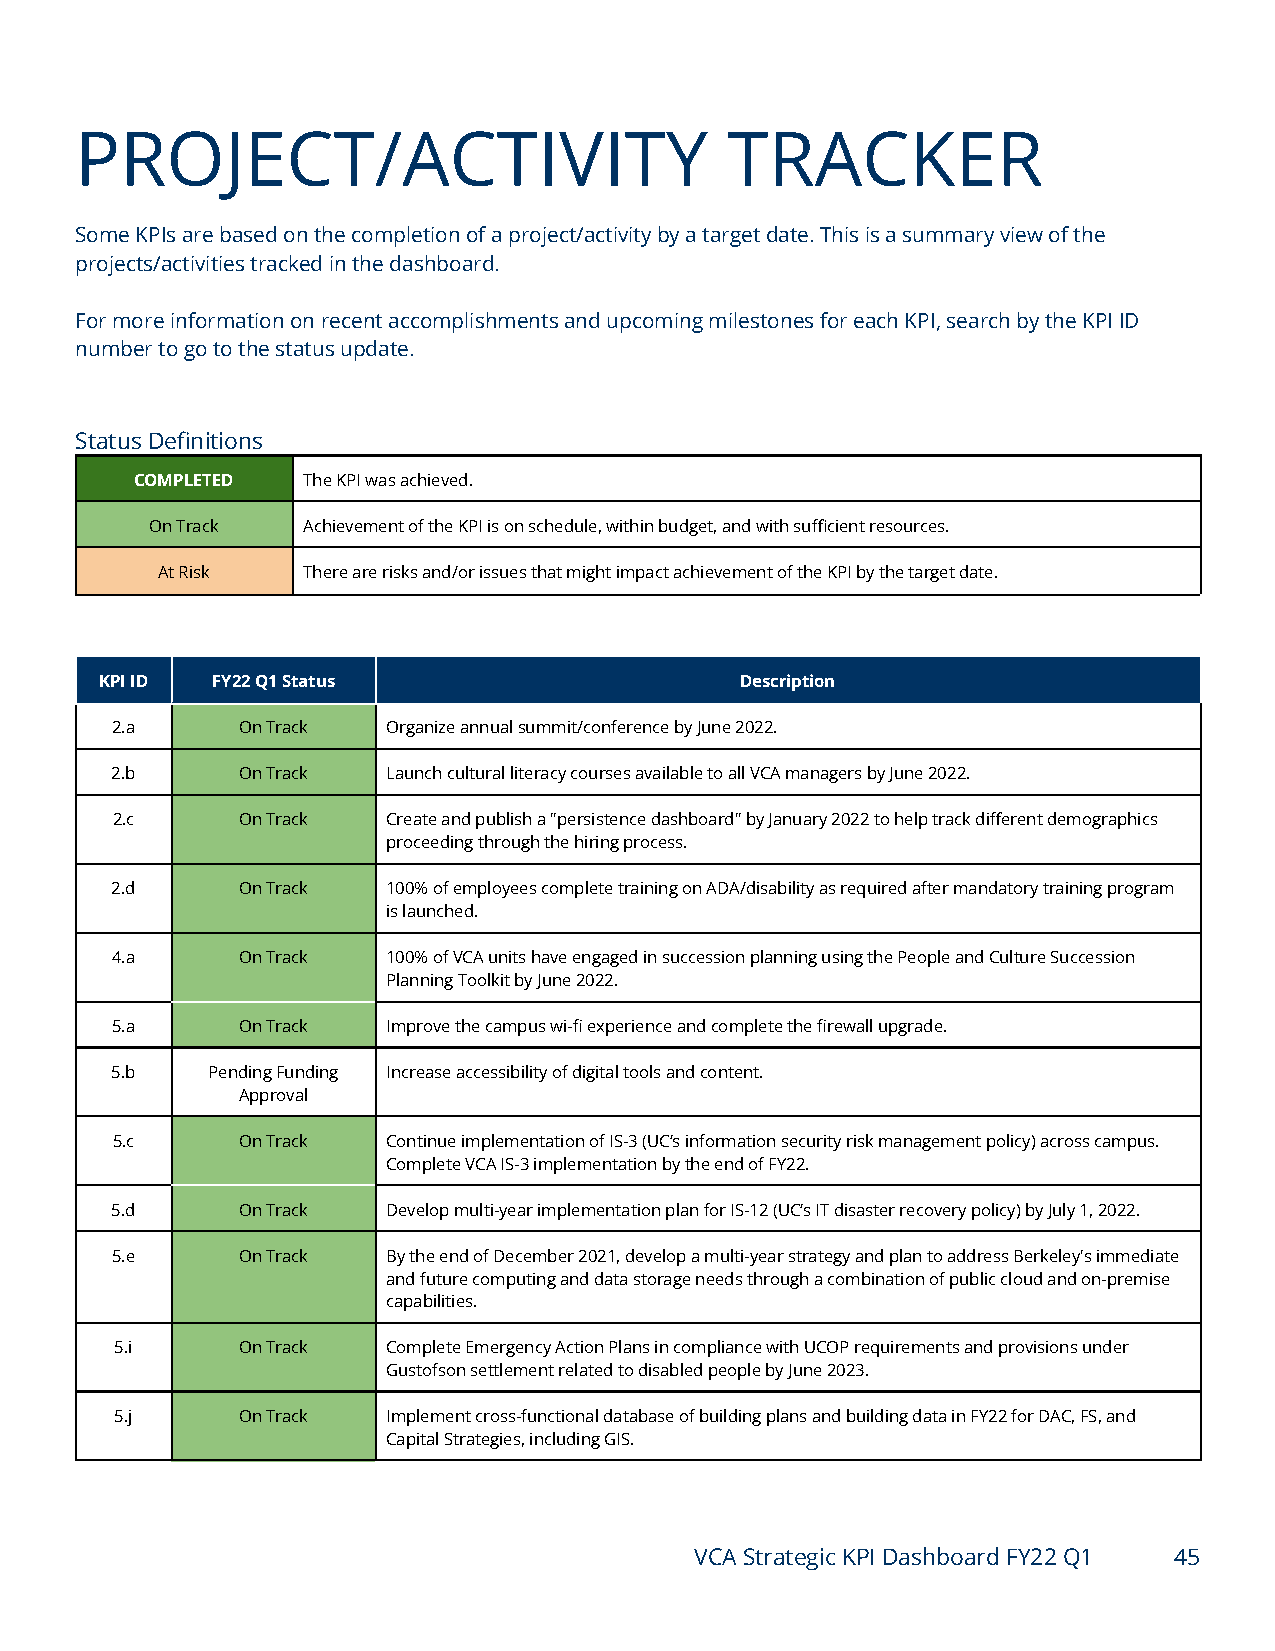
PROJECT/ACTIVITY                           TRACKER
 Some KPIs are based on the completion of a project/activity by a target date. This is a summary view of the
 projects/activities tracked in the dashboard.
 For more information on recent accomplishments and upcoming milestones for each KPI, search by the KPI ID
 number to go to the status update.
 Status Definitions
 COMPLETED  The KPI was achieved.
 On Track  Achievement of the KPI is on schedule, within budget, and with sufficient resources.
 At Risk   There are risks and/or issues that might impact achievement of the KPI by the target date.
 KPI ID FY22 Q1 Status                     Description
 2.a      On Track  Organize annual summit/conference by June 2022.
 2.b      On Track  Launch cultural literacy courses available to all VCA managers by June 2022.
 2.c      On Track  Create and publish a "persistence dashboard" by January 2022 to help track different demographics
 proceeding through the hiring process.
 2.d      On Track  100% of employees complete training on ADA/disability as required after mandatory training program
 is launched.
 4.a      On Track  100% of VCA units have engaged in succession planning using the People and Culture Succession
 Planning Toolkit by June 2022.
 5.a      On Track  Improve the campus wi-fi experience and complete the firewall upgrade.
 5.b    Pending Funding Increase accessibility of digital tools and content.
 Approval
 5.c      On Track  Continue implementation of IS-3 (UC’s information security risk management policy) across campus.
 Complete VCA IS-3 implementation by the end of FY22.
 5.d      On Track  Develop multi-year implementation plan for IS-12 (UC’s IT disaster recovery policy) by July 1, 2022.
 5.e      On Track  By the end of December 2021, develop a multi-year strategy and plan to address Berkeley's immediate
 and future computing and data storage needs through a combination of public cloud and on-premise
 capabilities.
 5.i     On Track  Complete Emergency Action Plans in compliance with UCOP requirements and provisions under
 Gustofson settlement related to disabled people by June 2023.
 5.j     On Track  Implement cross-functional database of building plans and building data in FY22 for DAC, FS, and
 Capital Strategies, including GIS.
 VCA Strategic KPI Dashboard FY22 Q1 45